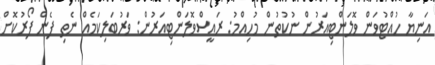
އަނިޔާ ހުއްޓުވަން ވޮލަންޓިއަރުން ނުކުތުން މުހިއްމު: ރައީސްވޮލަންޓިއަރުން: ވަރުބަލިކަމެއް ނެތި ފެން ފޯރުކޮށް